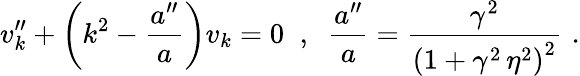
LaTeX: v_{k}^{\prime\prime}+\left(k^{2}-\frac{a^{\prime\prime}}{a}\right)v_{k}=0\; \; ,\; \; \frac{a^{\prime\prime}}{a}=\frac{\gamma^{2}}{\left(1+\gamma^{2}\, \eta^{2}\right)^{2}}\, \, .